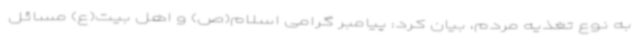
به نوع تغذیه مردم، بیان کرد: پیامبر گرامی اسلام(ص) و اهل بیت(ع) مسائل